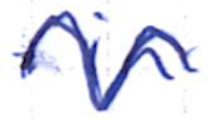
Text: in
Cross-out: wave
Writing tool: ballpoint